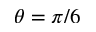
\theta = \pi / 6